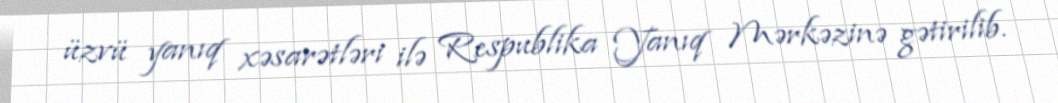
üzvü yanıq xəsarətləri ilə Respublika Yanıq Mərkəzinə gətirilib.